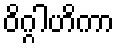
ဝိဂ္ဂါဟိကာ